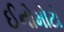
ઈનોમોટો